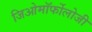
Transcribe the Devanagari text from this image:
जिओमॉर्फोलोजी